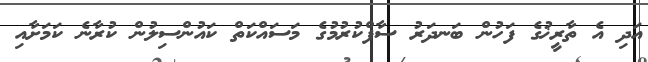
އަދި އެ ތާރީޚުގެ ފަހުން ބަނދަރު ސާފްކުރުމުގެ މަސައްކަތް ކައުންސިލުން ކުރާނެ ކަމަށާއި